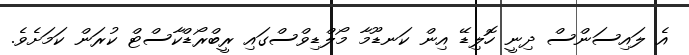
އެ ލައިސަންސް ދިނީ ހޮލިޑޭ އިން ކަނޑޫމާ މޯލްޑިވްސްގައި ރީބްރޯޑްކާސްޓް ކުރަން ކަމަށެވެ.